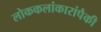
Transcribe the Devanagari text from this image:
लोककलांकारांपैकी